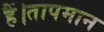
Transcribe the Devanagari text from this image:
हैं।तापमान